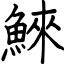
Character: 鯠